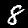
Digit: 8